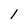
Character: 1